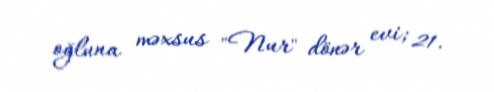
oğluna məxsus "Nur" dönər evi; 21.